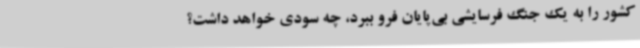
کشور را به یک جنگ فرسایشی بی‌پایان فرو ببرد، چه سودی خواهد داشت؟